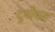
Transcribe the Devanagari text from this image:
दुर्योंधन